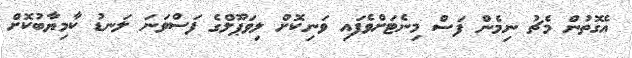
އެގޮތުން މެޗު ނިމެން ފަސް މިނެޓަށްވެފައި ވަނިކޮށް ލިވަޕޫލްގެ ފަސްވަނަ ލަނޑު ކާމިޔާބުކޮށް